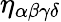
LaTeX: \eta_{\alpha\beta\gamma\delta}